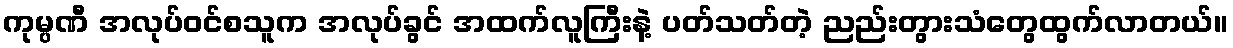
ကုမ္ပဏီ အလုပ်ဝင်စသူက အလုပ်ခွင် အထက်လူကြီးနဲ့ ပတ်သတ်တဲ့ ညည်းတွားသံတွေထွက်လာတယ်။